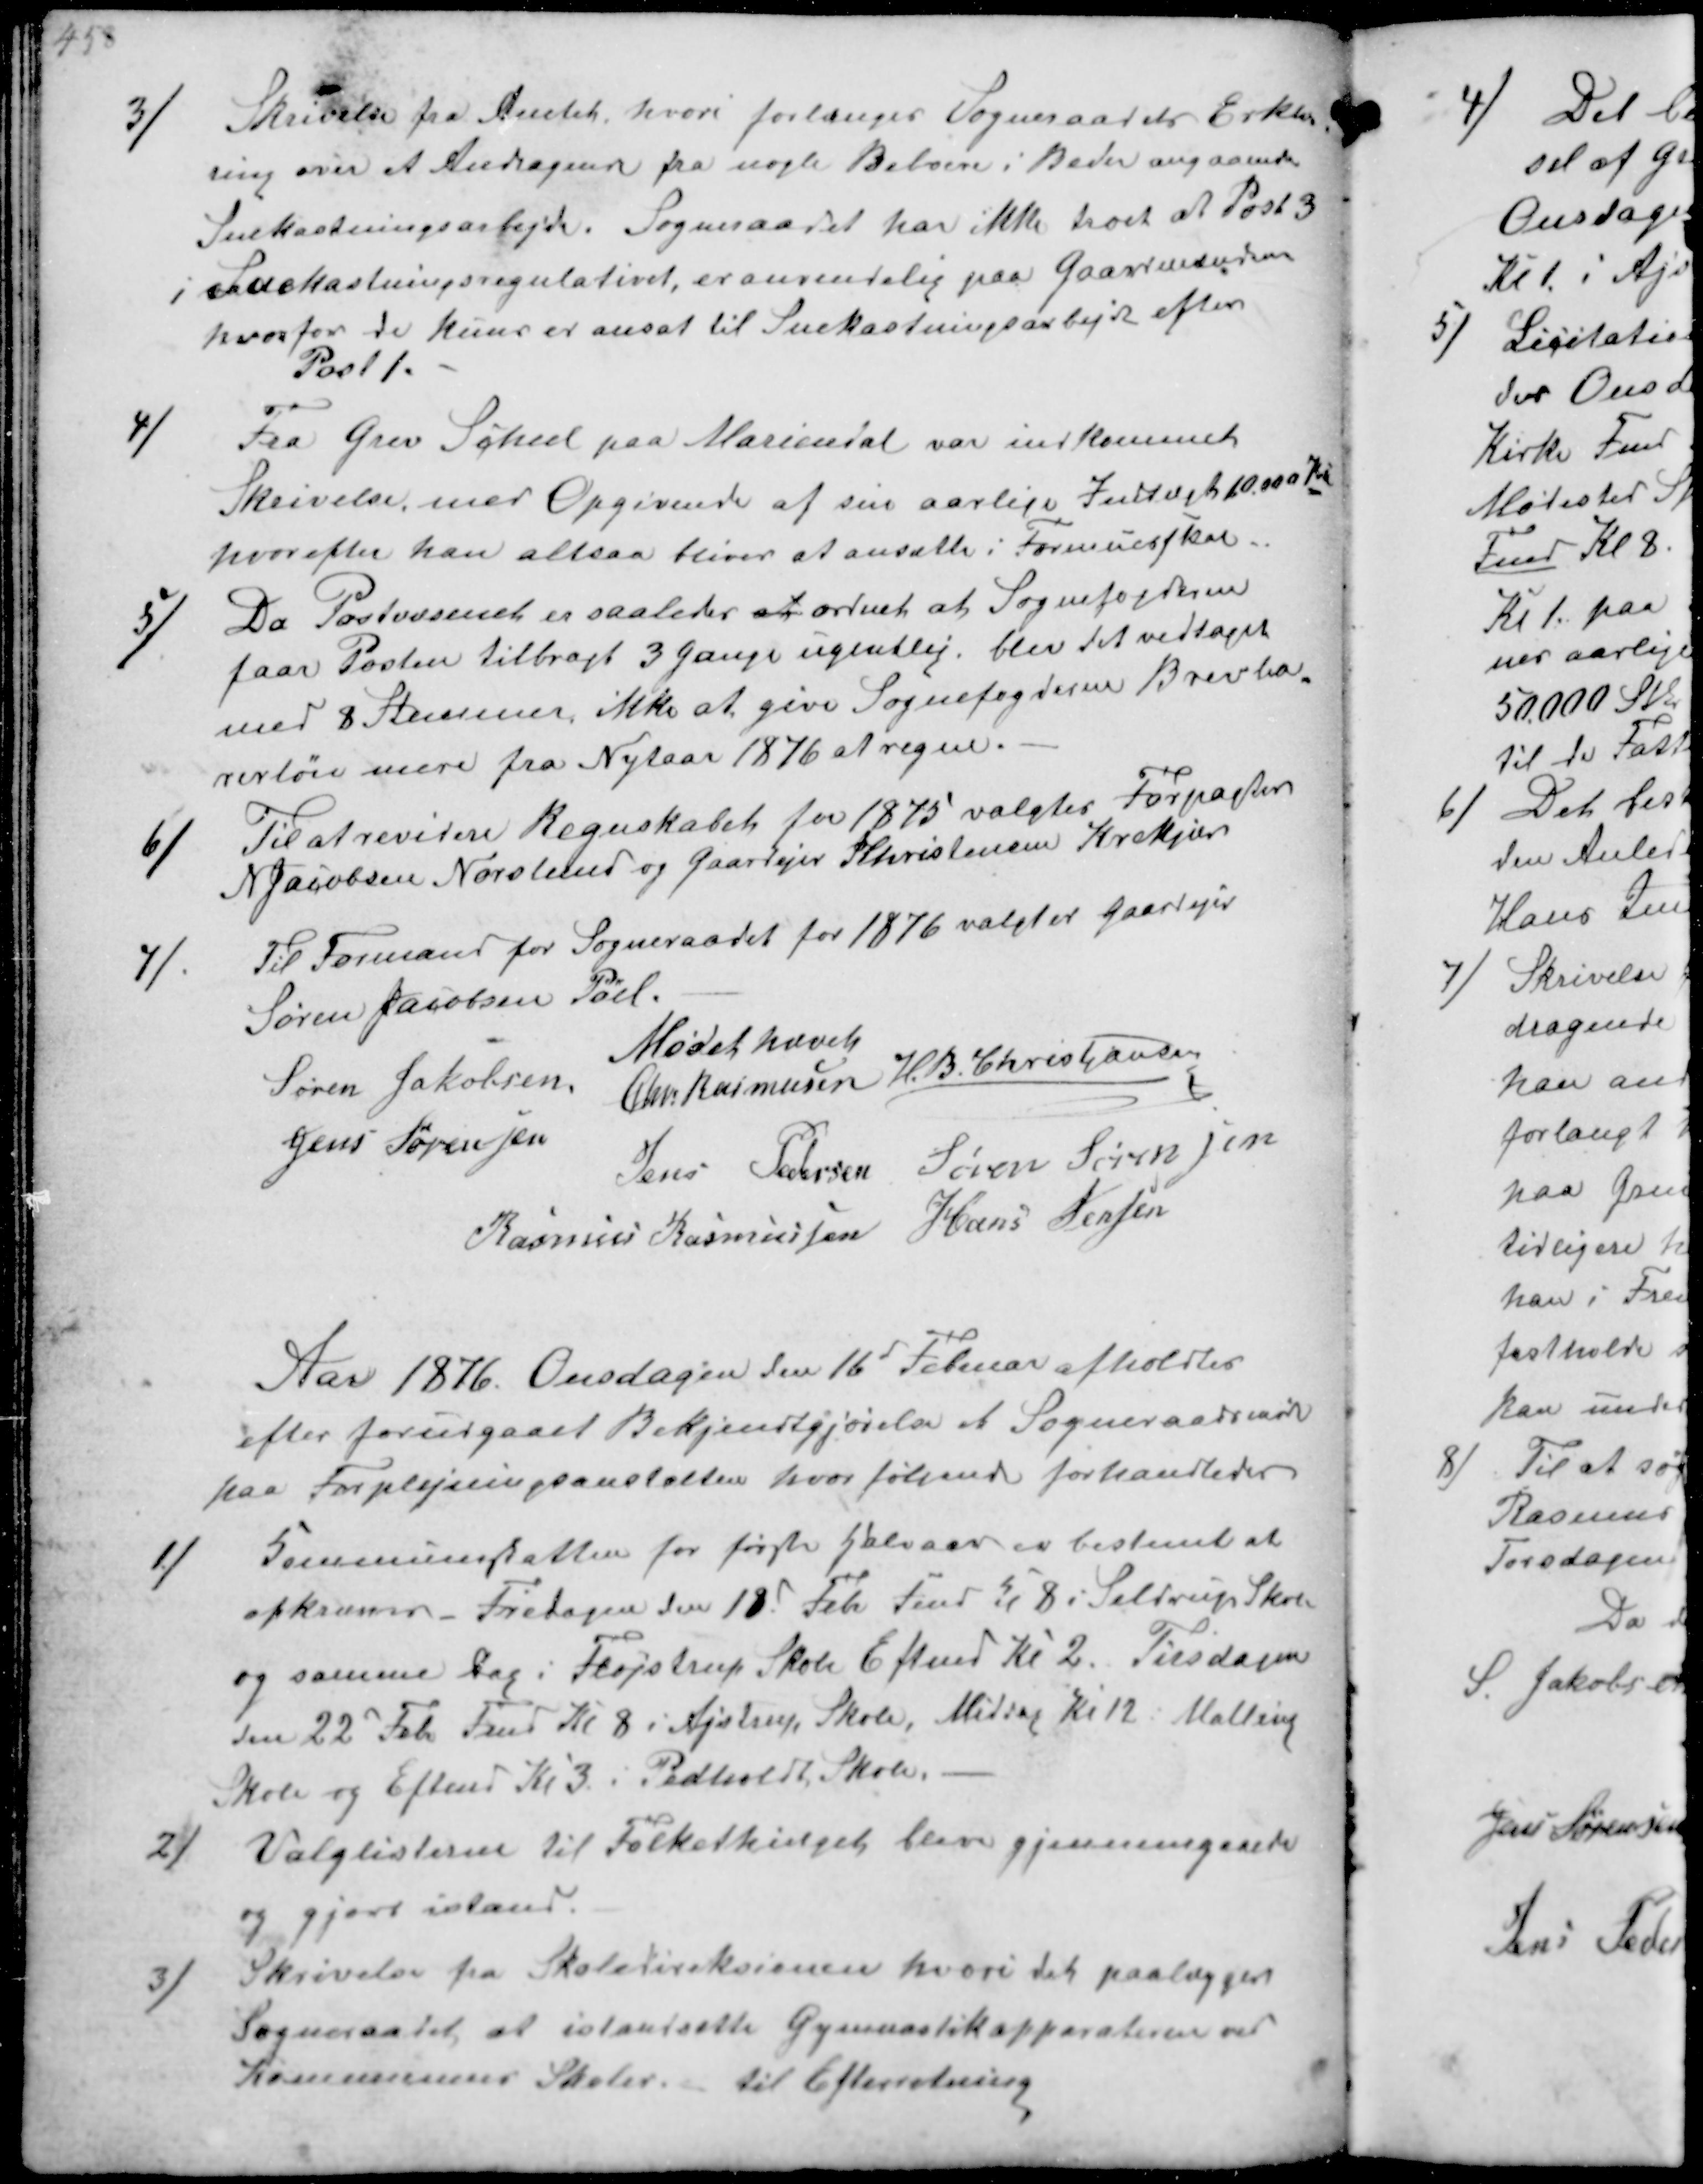
Transskription:
3/
Skrivelse fra Amtet, hvori forlanges Sogneraadets Erklæ-
ring over et Andragende fra nogle Beboere i Beder angaaende
Snekastningsarbejde. Sogneraadet har ikke troet at Post 3
i Snekastningsregulativet, er anvendelig paa Gaardmændene
hvorfor de kun er ansat til Snekastningsarbejde efter
Post 1

4/
Fra Grev Scheel paa Mariendal var indkommet
Skrivelse med Opgivende af sin aarlige Indtægt 10.000 Kr
hvorefter han altsaa bliver at ansætte i Formuesskat

5/
Da Postvæsenet er saaledes at ordnet at Sognefogderne
faar Posten tilbragt 3 Gange ugentlig. blev det vedtaget
med 8 Stemmer ikke at give Sognefogderne Brevbæ-
rerløn mere fra Nytaar 1876 at regne.

6/
Til at revidere Regnskabet for 1875 valgtes Forpagter
N Jacobsen Norslund og Gaardejer Khristensen Krekjær

7/
Til Formand for Sogneraadet for 1876 valgter Gaardejer
Søren Jacobsen Pøel.
Mødet hævet
Søren Jakobsen
Chr Rasmussen H. B. Christjansen
Jens Sørensen
Jens Pedersen Søren Sørensen
Rasmus Rasmussen Hans Jensen

Aar 1876 Onsdagen den 16d Februar afholdtes
efter forudgaaet Bekjendtgjørelse et Sogneraadsmøde
paa Forplejningsanstalten hvor følgende forhandledes
1/
Kommuneskatten for første halvaar er bestemt at
opkræves- Fredagen den 18d Feb Fmd Kl 8 i Seldrup Skole
og samme dag i Fløjstrup Skole Eftmd Kl 2. Tirsdagen
den 22d Feb Fmd Kl 8 i Ajstrup Skole, Middag Kl 12 i Malling
Skole og Eftemd Kl 3 i Pedholdt Skole.
2/
Valglisterne til Folkethinget blever gjennemgaaede
og gjort istand.
3/
Skrivelse fra Skoledireksionen hvori det paalægges
Sogneraadet, at istandsætte Gymnastikapparaterne ved
Kommunens Skoler. til Efterretning